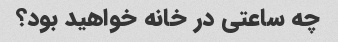
چه ساعتی در خانه خواهید بود؟